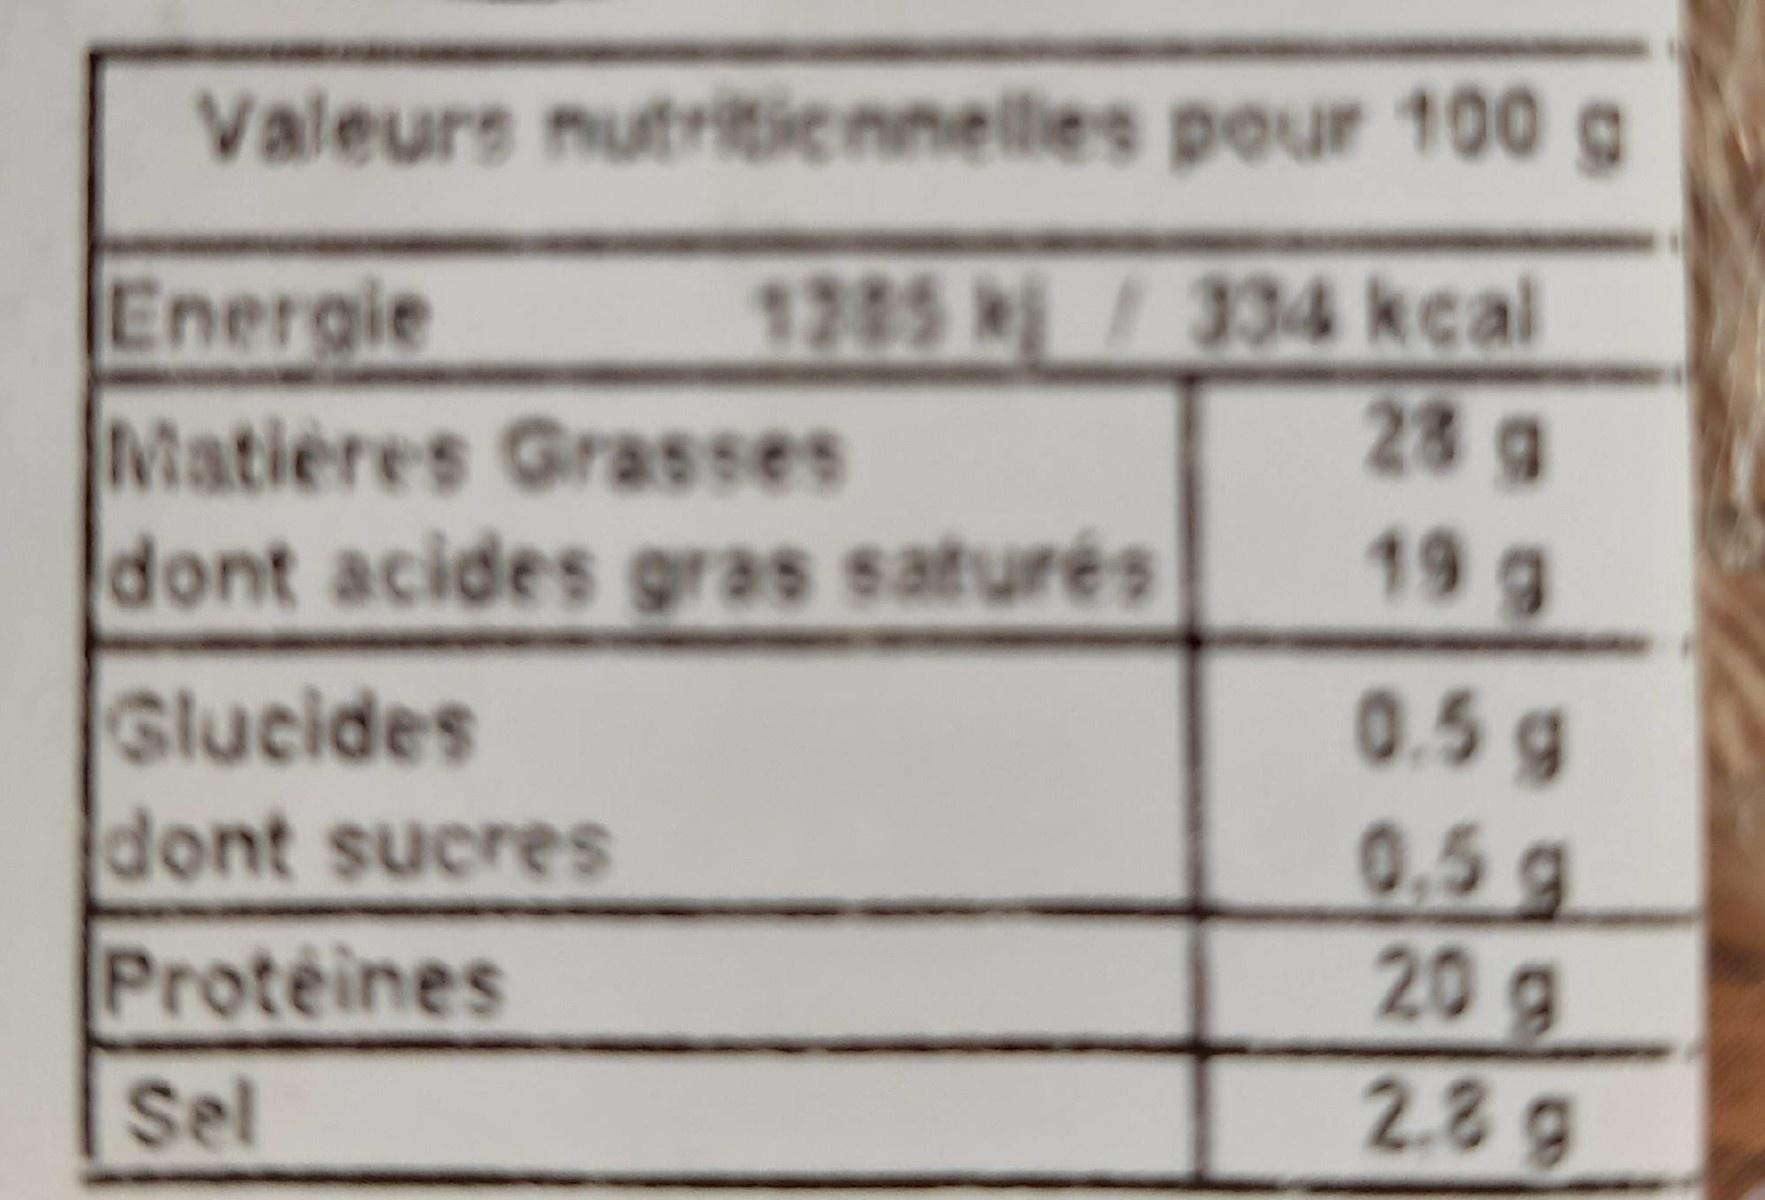
Valeurs nutritiennelles pour 100 g
1285 /334 kcal 23 g
Energie Matières Grasses dont acides gras saturés
19 g
Glucides dont sucres
0.5g 0.5g 20 g
Proteines
2.89
Sel
%24